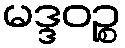
မဒ္ဒဝဉ္စ